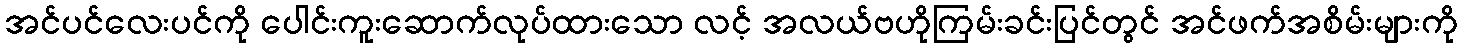
အင်ပင်လေးပင်ကို ပေါင်းကူးဆောက်လုပ်ထားသော လင့် အလယ်ဗဟိုကြမ်းခင်းပြင်တွင် အင်ဖက်အစိမ်းများကို